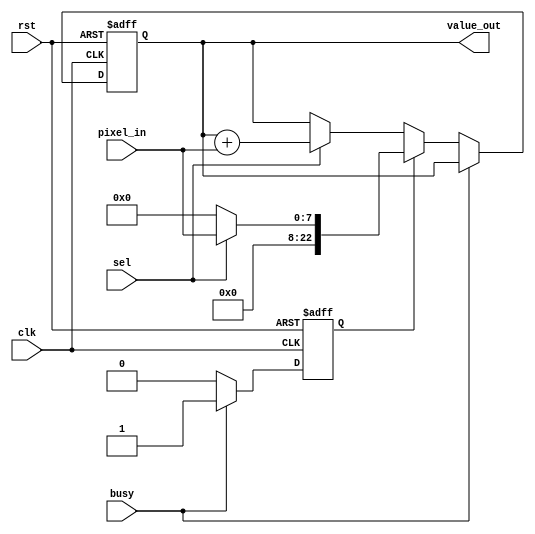
`timescale 1ns/10ps
module color_adder(clk, rst, value_out, pixel_in, sel,busy);
input clk, rst, sel,busy;
input [7:0] pixel_in;
output [22:0] value_out;
reg [22:0] value_out;
reg is_busy;

always @(negedge clk or negedge rst)
begin
	if(!rst)
	begin
		value_out <= 0;
        is_busy <=0;
	end
	else if(busy)
    begin
      is_busy<=1;
      value_out<=value_out;
    end
    else if(is_busy)
    begin
      value_out <= (sel)?pixel_in:0;
      is_busy <=0;
    end
    else
	begin
		value_out <= (sel)?(value_out + pixel_in):(value_out);
	end
end
endmodule